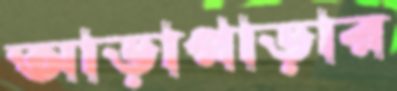
আড়াপাড়ার